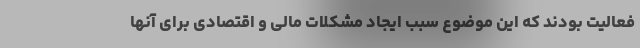
فعالیت بودند که این موضوع سبب ایجاد مشکلات مالی و اقتصادی برای آنها